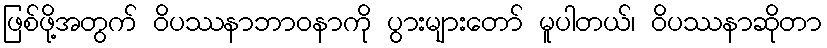
ဖြစ်ဖို့အတွက် ဝိပဿနာဘာဝနာကို ပွားများတော် မူပါတယ်၊ ဝိပဿနာဆိုတာ